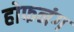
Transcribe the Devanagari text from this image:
होफनंग